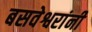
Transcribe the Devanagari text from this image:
बसवेश्वरांनी